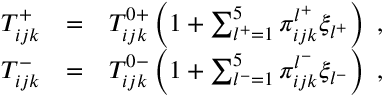
\begin{array} { r l r } { T _ { i j k } ^ { + } } & { = } & { T _ { i j k } ^ { 0 + } \left( 1 + \sum _ { l ^ { + } = 1 } ^ { 5 } \pi _ { i j k } ^ { l ^ { + } } \xi _ { l ^ { + } } \right) ~ , } \\ { T _ { i j k } ^ { - } } & { = } & { T _ { i j k } ^ { 0 - } \left( 1 + \sum _ { l ^ { - } = 1 } ^ { 5 } \pi _ { i j k } ^ { l ^ { - } } \xi _ { l ^ { - } } \right) ~ , } \end{array}